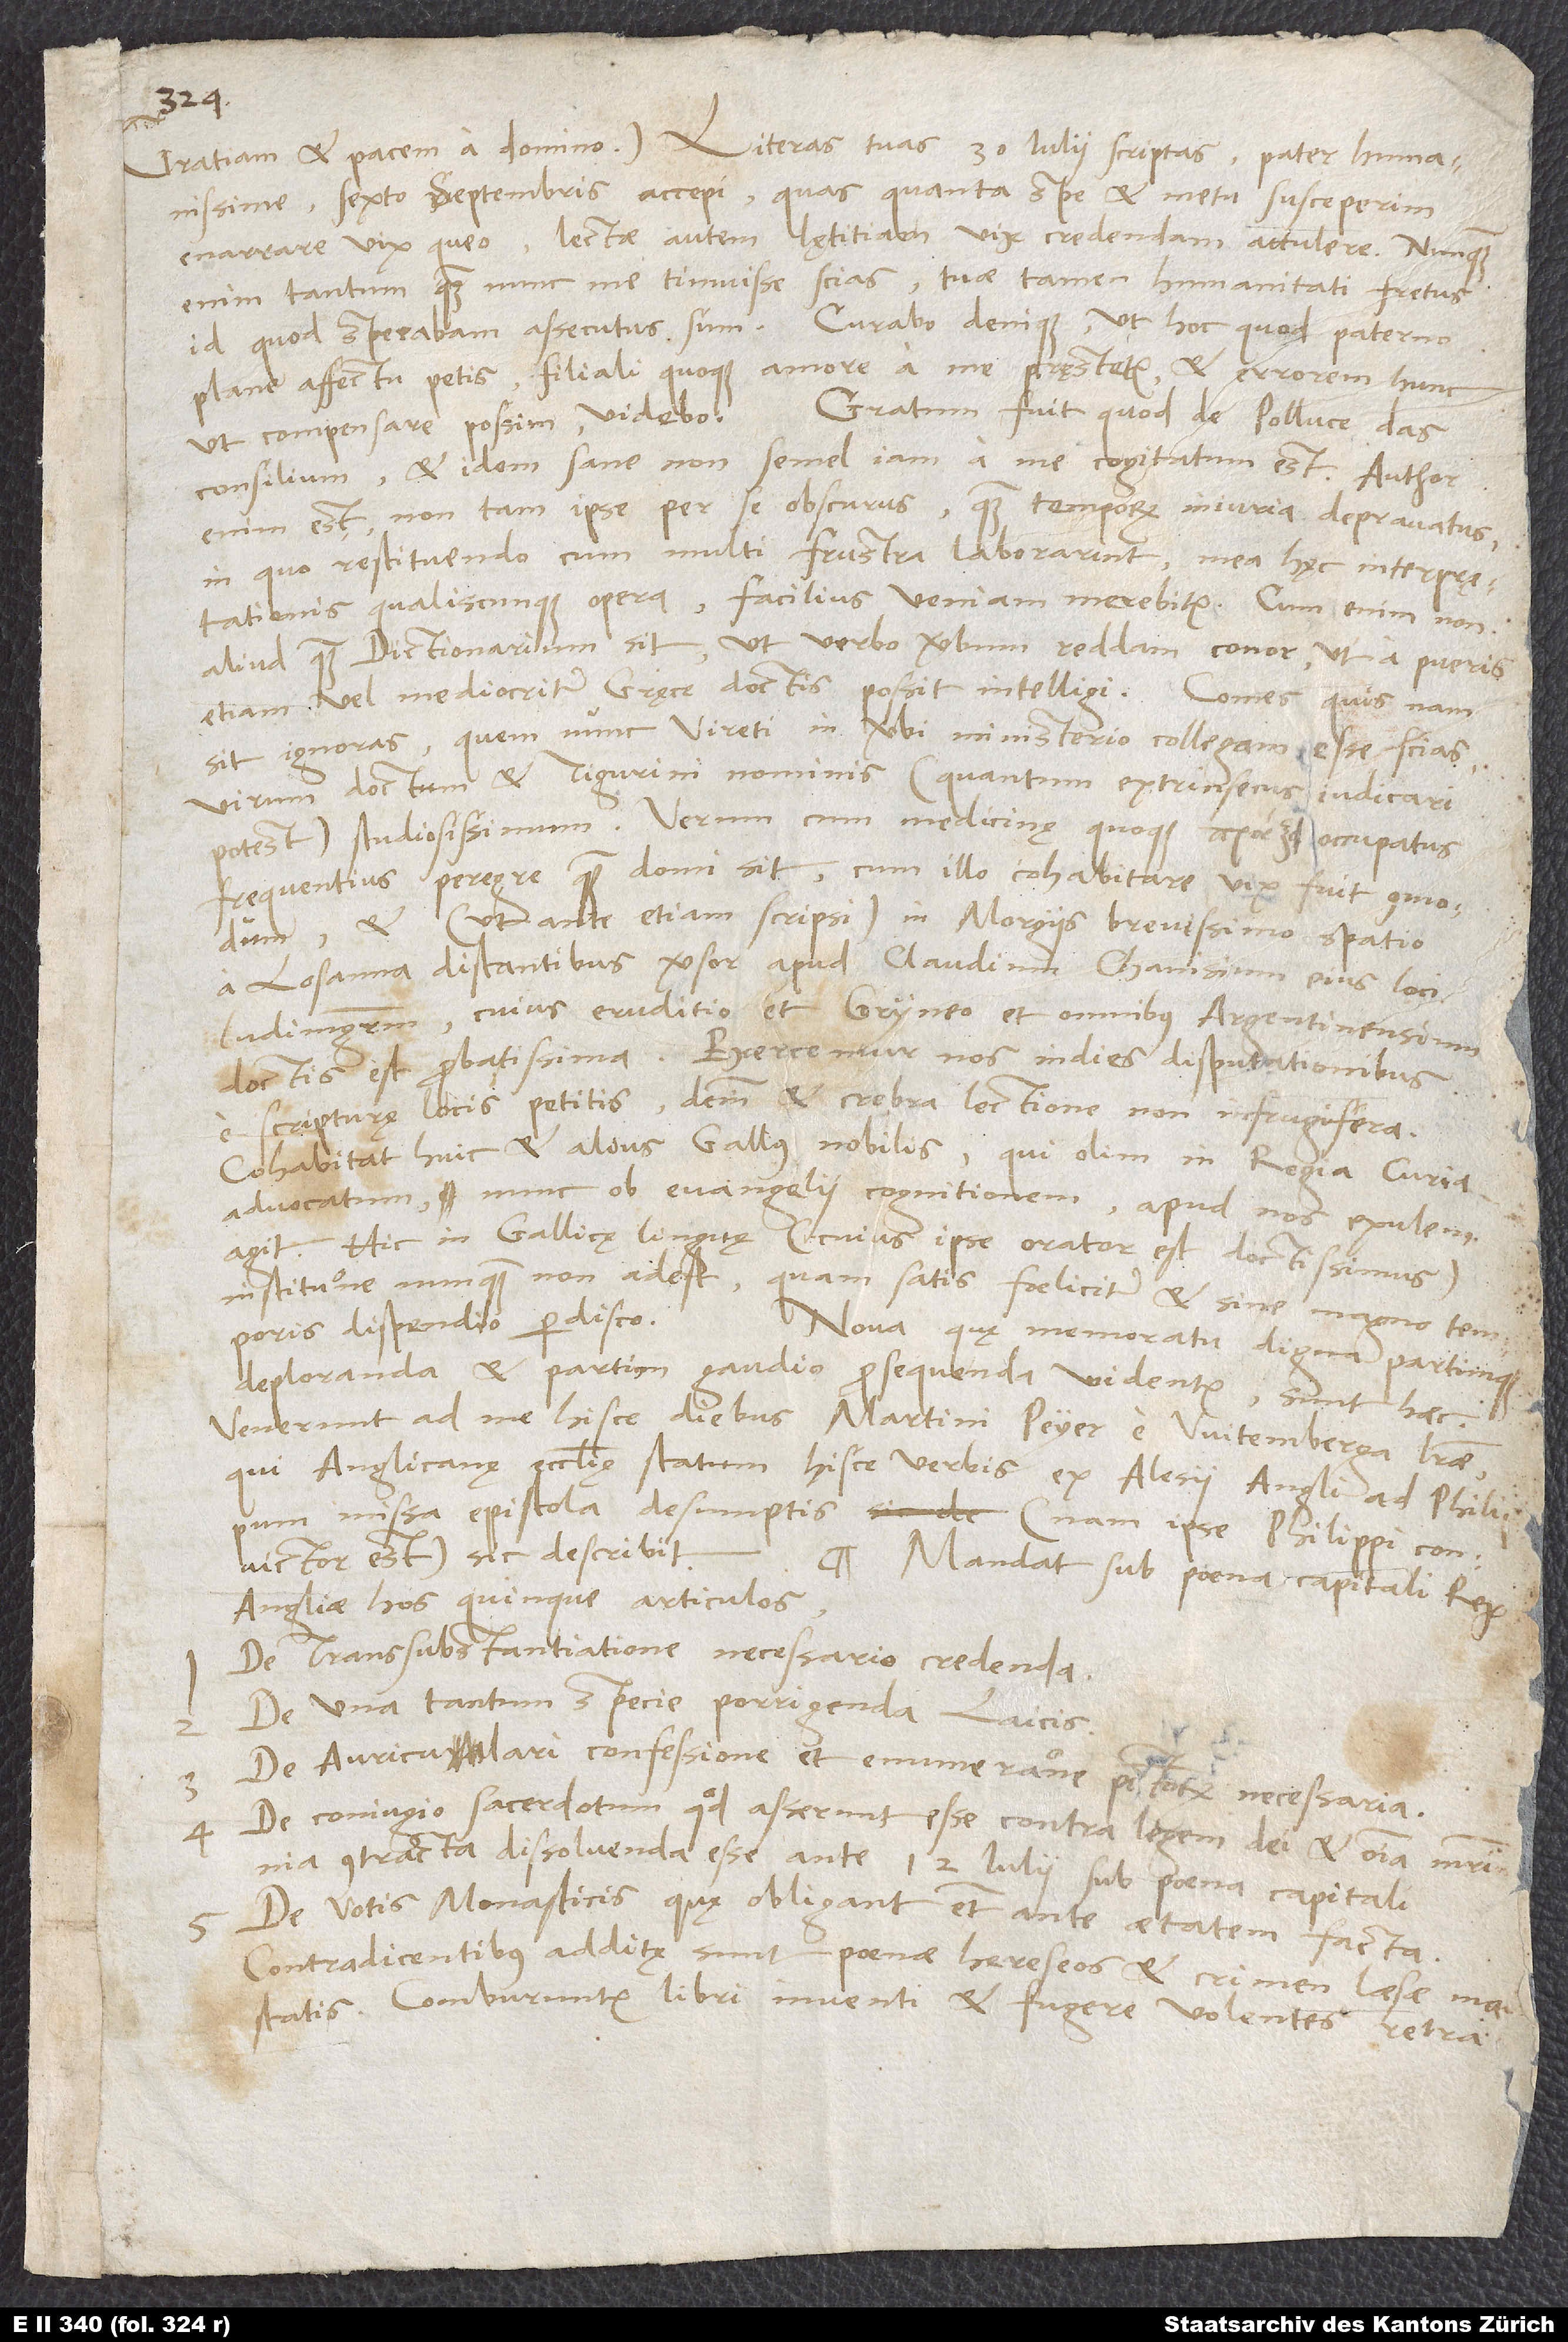
humanissime, sexto septembris accepi; quas quanta spe et metu susceperim,
enarrare vix queo, lectae autem lętitiam vix credendam attulere. Nunquam
enim tantum quam nunc me timuisse scias, tuae tamen humanitati fretus
id, quod sperabam, assecutus sum. Curabo denique, ut hoc, quod paterno
plane affectu petis, filiali quoque amore a me pręstetur, et errorem hunc
Gratum fuit, quod de Polluce das
ut compensare possim, videbo.
consilium, et idem sane non semel iam a me cogitatum est. Author
enim est non tam ipse per se obscurus quam temporum iniuria depravatus,
in quo restituendo cum multi frustra laborarint, mea hęc interpretationis
aliud quam dictionarium sit, ut verbo verbum reddam, conor, ut a pueris
sit, ignoras, quem nunc Vireti in verbi ministerio collegam esse scias,
virum doctum et Tigurini nominis (quantum extrinsecus iudicari
potest) studiosissimum. Verum cum medicinę quoque occupatus
frequentius peregre quam domi sit, cum illo cohabitare vix fuit commodum,
et (ut ante etiam scripsi) in Morgiis brevissimo spatio
a Losanna distantibus versor apud Claudium Chanisium, eius loci
ludimagistrum, cuius eruditio et Gryneo et omnibus Argentinensium
e scripturę locis petitis, deinde et crebra lectione non infrugifera.
Cohabitat huic et alius Gallus nobilis, qui olim in regia curia
advocatum, nunc ob evangelii cognitionem apud nos exulem
agit. Hic in Gallicę linguę (cuius ipse orator est doctissimus)
institutione nunquam non adest, quam satis foeliciter et sine magno temporis
dispendio perdisco.
Nova, quę memoratu digna partimque
deploranda et partim gaudio prosequenda videntur, sunt haec:
Venerunt ad me hisce diebus Martini Peyer e Witemberga literae,
qui Anglicanę ecclesię statum hisce verbis ex Alesii Angli ad Philippum
missa epistola desumptis (nam ipse Philippi convictor
est) sic describit:
Mandat sub poena capitali rex
Angliae hos quinque articulos:
De transsubstantiatione necessario credenda.
De una tantum specie porrigenda laicis.
De auriculari confessione et enumeratione peccatorum necessaria.
De coniugio sacerdotum, quod asserunt esse contra legem dei, et omnia matrimonia
4.
contracta dissolvenda esse ante 12. iulii sub poena capitali.
De votis monasticis, quę obligant etiam ante aetatem facta.
Contradicentibus additę sunt poenae hereseos et crimen laesae maiestatis.
Comburuntur libri inventi, et fugere volentes retrah untur.